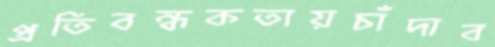
প্রতিবন্ধকতায়চাঁদাব